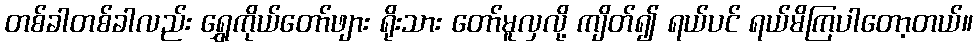
တစ်ခါတစ်ခါလည်း ရွှေကိုယ်တော်ဖျား ရိုးသား တော်မူလှလို့ ကျိတ်၍ ရယ်ပင် ရယ်မိကြပါတော့တယ်။